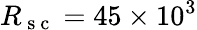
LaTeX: R_{\mathrm{~s~c~}}=45\times 10^{3}